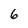
Character: 6